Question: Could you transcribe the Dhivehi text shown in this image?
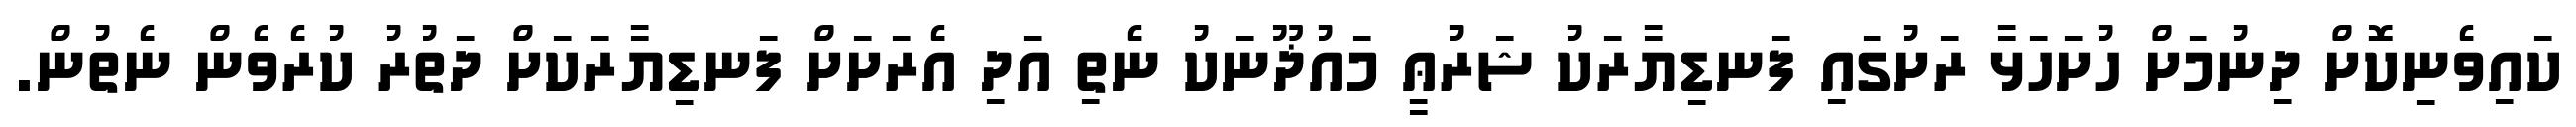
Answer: ކައިވެނިކޮށް ދިނުމަށް ހުށަހަޅާ ރަށުގައި ފަނޑިޔާރަކު ޝަރުޢީ މައުޛޫނަކު ނެތި އަދި އެރަށަށް ފަނޑިޔާރަކަށް ދަތުރު ކުރެވެން ނެތުން.